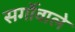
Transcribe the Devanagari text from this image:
सर्गोवाले